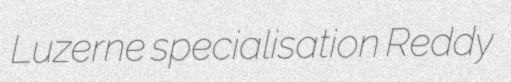
Luzerne specialisation Reddy